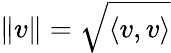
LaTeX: \| v\| =\sqrt{\langle v,v\rangle}